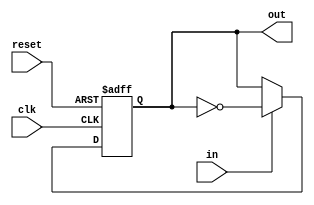
/*
  Copyright (C) 2013 Adapteva, Inc.
  Contributed by Andreas Olofsson <support@adapteva.com>

  This program is free software: you can redistribute it and/or modify
  it under the terms of the GNU General Public License as published by
  the Free Software Foundation, either version 3 of the License, or
  (at your option) any later version.

  This program is distributed in the hope that it will be useful,
  but WITHOUT ANY WARRANTY; without even the implied warranty of
  MERCHANTABILITY or FITNESS FOR A PARTICULAR PURPOSE.  See the
  GNU General Public License for more details.

  You should have received a copy of the GNU General Public License
  along with this program (see the file COPYING).  If not, see
  <http://www.gnu.org/licenses/>.
*/
module pulse2toggle(/*AUTOARG*/
   // Outputs
   out,
   // Inputs
   clk, in, reset
   );

   
   //clocks
   input  clk; 
   
   input  in;   
   output out;

   //reset
   input  reset;  


   reg 	  out;
   wire   toggle;
   
   //if input goes high, toggle output
   //note1: input can only be high for one clock cycle
   //note2: be careful with clock gating

   assign toggle = in ? ~out :
		         out;
   

   always @ (posedge clk or posedge reset)
     if(reset)
       out <= 1'b0;
     else
       out <= toggle;
   
endmodule // pulse2toggle